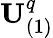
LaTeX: \mathbf{U}_{(1)}^{q}